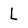
Character: L